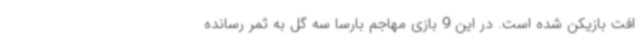
افت بازیکن شده است. در این 9 بازی مهاجم بارسا سه گل به ثمر رسانده